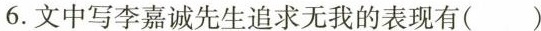
6.文中写李嘉诚先生追求无我的表现有( )